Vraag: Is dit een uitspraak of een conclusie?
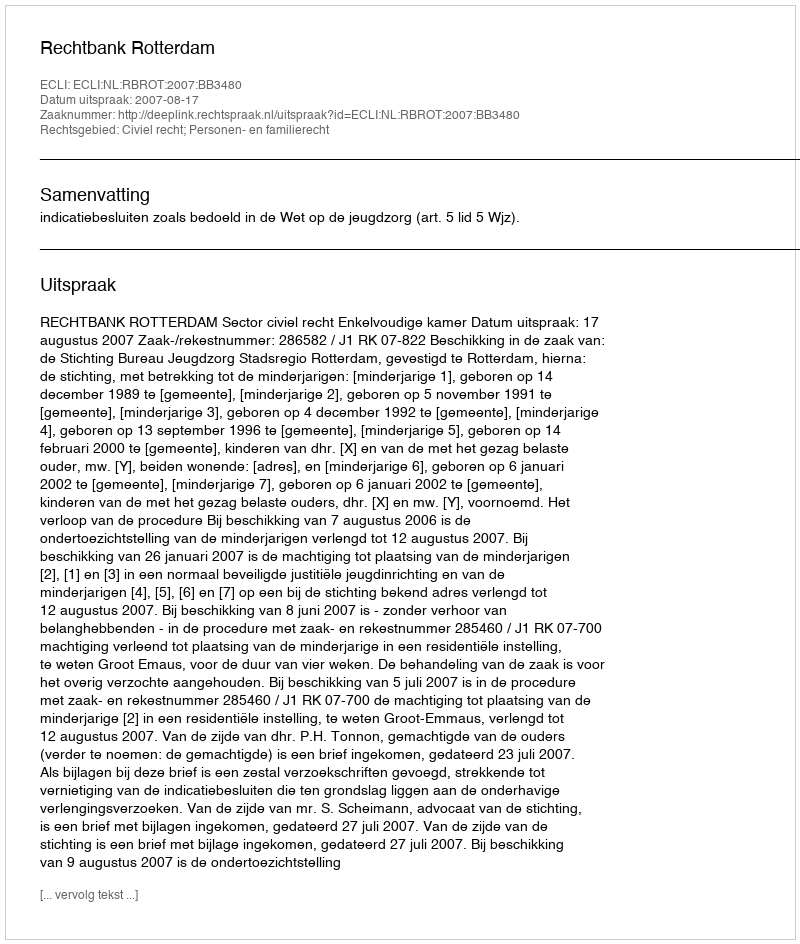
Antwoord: Uitspraak